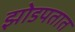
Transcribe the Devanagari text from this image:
झोडपतात